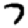
Digit: 7